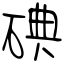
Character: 碘